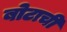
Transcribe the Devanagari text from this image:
बोटाची